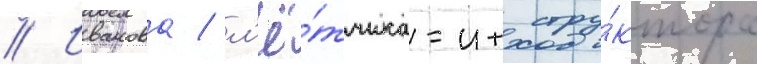
// Иванова / л'ё́тчика-инстру́ктора